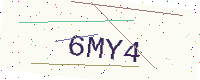
Text: 6MY4